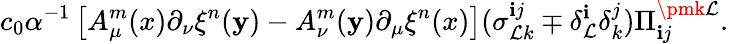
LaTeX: c_{0}\alpha^{-1}\left[A_{\mu}^{m}(x)\partial_{\nu}\xi^{n}(\mathbf{y})-A_{\nu}^{m}(\mathbf{y})\partial_{\mu}\xi^{n}(x)\right](\sigma_{\mathcal{L}k}^{\mathbf{i}j}\mp\delta_{\mathcal{L}}^{\mathbf{i}}\delta_{k}^{j})\Pi_{\mathbf{i}j}^{\pmk\mathcal{L}}.